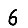
Digit: 6